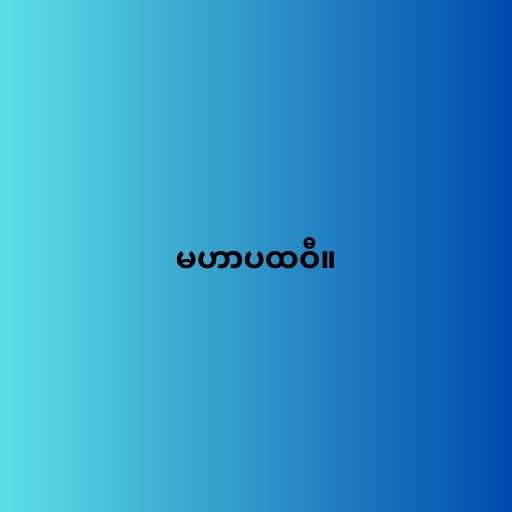
မဟာပထဝီ။